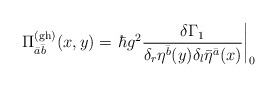
\begin{align*}\Pi^{(\rm gh)}_{\bar{a}\bar{b}}(x,y) = \left.\hbar g^2 \frac{\delta \Gamma_1}{\delta_r\eta^{\bar{b}}(y)\delta_l\bar{\eta}^{\bar{a}}(x)}\right|_0\end{align*}